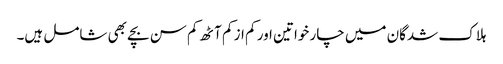
ہلاک شدگان میں چار خواتین اور کم از کم آٹھ کم سن بچے بھی شامل ہیں۔